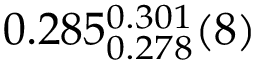
0 . 2 8 5 _ { 0 . 2 7 8 } ^ { 0 . 3 0 1 } ( 8 )